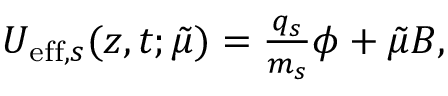
\begin{array} { r } { U _ { \mathrm { e f f } , s } ( z , t ; \tilde { \mu } ) = \frac { q _ { s } } { m _ { s } } \phi + \tilde { \mu } B , } \end{array}